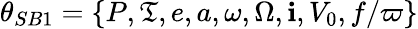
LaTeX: \theta_{SB1}=\{ P,\mathfrak{T},e,a,\omega,\Omega,\mathbf{i},V_{0},f/\varpi\}